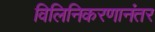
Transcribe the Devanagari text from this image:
विलिनिकरणानंतर